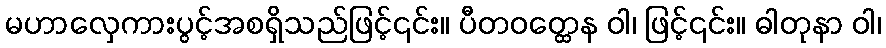
မဟာလှေကားပွင့်အစရှိသည်ဖြင့်၎င်း။ ပီတဝတ္ထေန ဝါ၊ ဖြင့်၎င်း။ ဓါတုနာ ဝါ၊